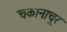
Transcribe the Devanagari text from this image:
चकानाचूर